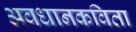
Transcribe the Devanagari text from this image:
अवधानकविता